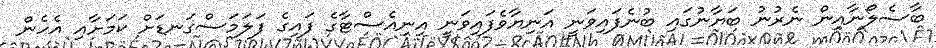
ބާސެލޯނާއިން ނެރުނު ބަޔާނުގައި ބުނެފައިވަނީ އަނިޔާވެފައިވަނީ އިނިއެސްޓާގެ ފައިގެ ފަލަމަސްގަނޑަށް ކަމަށާއި އެހެން